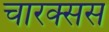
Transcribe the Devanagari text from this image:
चारक्सस